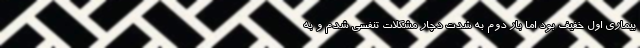
بیماری اول خفیف بود اما بار دوم به شدت دچار مشکلات تنفسی شدم و به